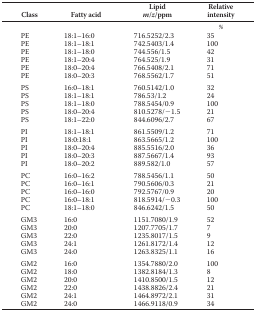
<table><thead><tr><td><b>Class</b></td><td><b>Fatty acid</b></td><td><b>Lipid <i>m</i>/<i>z</i>/ppm</b></td><td><b>Relative intensity</b></td></tr></thead><tbody><tr><td></td><td></td><td></td><td>%</td></tr><tr><td>PE</td><td>18:1–16:0</td><td>716.5252/2.3</td><td>35</td></tr><tr><td>PE</td><td>18:1–18:1</td><td>742.5403/1.4</td><td>100</td></tr><tr><td>PE</td><td>18:1–18:0</td><td>744.556/1.5</td><td>42</td></tr><tr><td>PE</td><td>18:1–20:4</td><td>764.525/1.9</td><td>31</td></tr><tr><td>PE</td><td>18:0–20:4</td><td>766.5408/2.1</td><td>71</td></tr><tr><td>PE</td><td>18:0–20:3</td><td>768.5562/1.7</td><td>51</td></tr><tr><td>PS</td><td>16:0–18:1</td><td>760.5142/1.0</td><td>32</td></tr><tr><td>PS</td><td>18:1–18:1</td><td>786.53/1.2</td><td>24</td></tr><tr><td>PS</td><td>18:1–18:0</td><td>788.5454/0.9</td><td>100</td></tr><tr><td>PS</td><td>18:0–20:4</td><td>810.5278/−1.5</td><td>21</td></tr><tr><td>PS</td><td>18:1–22:0</td><td>844.6096/2.7</td><td>67</td></tr><tr><td>PI</td><td>18:1–18:1</td><td>861.5509/1.2</td><td>71</td></tr><tr><td>PI</td><td>18:0:18:1</td><td>863.5665/1.2</td><td>100</td></tr><tr><td>PI</td><td>18:0–20:4</td><td>885.5516/2.0</td><td>36</td></tr><tr><td>PI</td><td>18:0–20:3</td><td>887.5667/1.4</td><td>93</td></tr><tr><td>PI</td><td>18:0–20:2</td><td>889.582/1.0</td><td>57</td></tr><tr><td>PC</td><td>16:0–16:2</td><td>788.5456/1.1</td><td>50</td></tr><tr><td>PC</td><td>16:0–16:1</td><td>790.5606/0.3</td><td>21</td></tr><tr><td>PC</td><td>16:0–16:0</td><td>792.5767/0.9</td><td>20</td></tr><tr><td>PC</td><td>16:0–18:1</td><td>818.5914/−0.3</td><td>100</td></tr><tr><td>PC</td><td>18:1–18:0</td><td>846.6242/1.5</td><td>50</td></tr><tr><td>GM3</td><td>16:0</td><td>1151.7080/1.9</td><td>52</td></tr><tr><td>GM3</td><td>20:0</td><td>1207.7705/1.7</td><td>7</td></tr><tr><td>GM3</td><td>22:0</td><td>1235.8017/1.5</td><td>9</td></tr><tr><td>GM3</td><td>24:1</td><td>1261.8172/1.4</td><td>12</td></tr><tr><td>GM3</td><td>24:0</td><td>1263.8325/1.1</td><td>16</td></tr><tr><td>GM2</td><td>16:0</td><td>1354.7880/2.0</td><td>100</td></tr><tr><td>GM2</td><td>18:0</td><td>1382.8184/1.3</td><td>8</td></tr><tr><td>GM2</td><td>20:0</td><td>1410.8500/1.5</td><td>12</td></tr><tr><td>GM2</td><td>22:0</td><td>1438.8826/2.4</td><td>21</td></tr><tr><td>GM2</td><td>24:1</td><td>1464.8972/2.1</td><td>31</td></tr><tr><td>GM2</td><td>24:0</td><td>1466.9118/0.9</td><td>34</td></tr></tbody></table>